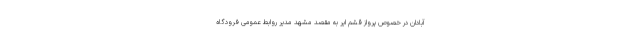
آبادان در خصوص پرواز قشم ایر به مقصد مشهد مدیر روابط عمومی فرودگاه